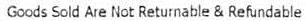
GOODS SOLD ARE NOT RETURNABLE & REFUNDABLE